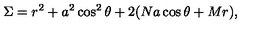
\Sigma = r ^ { 2 } + a ^ { 2 } \cos ^ { 2 } \theta + 2 ( N a \cos \theta + M r ) ,